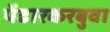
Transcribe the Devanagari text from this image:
पेंढारकरबुवा